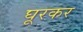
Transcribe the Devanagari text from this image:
घूरकर